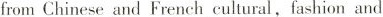
from Chinese and French cultural, fashion and